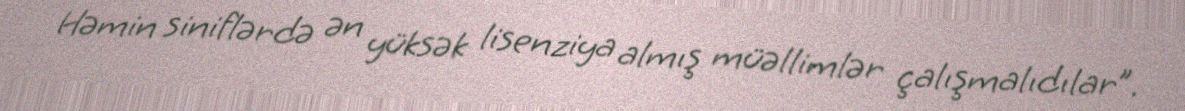
Həmin siniflərdə ən yüksək lisenziya almış müəllimlər çalışmalıdılar”.